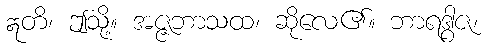
ဣတိ၊ ဤသို့။ အဇ္ဇဘာသထ၊ ဆိုလေ၏။ ဘာရဒွါဇ၊